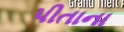
પીતાના